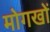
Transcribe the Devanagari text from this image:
मोगखों